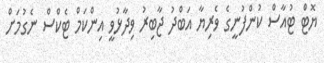
ޔޮޓް ޓުއާސް ކުންފުނީގެ ވެރިޔާ އަބްދު ޖާބިރު ވިދާޅުވީ އިންކަމް ޓެކްސް ނެގުމަށް